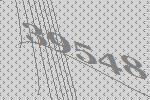
39548